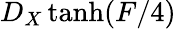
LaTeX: D_{X}\operatorname{tanh}(F/4)